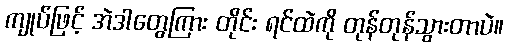
ကျုပ်ဖြင့် အဲဒါတွေကြား တိုင်း ရင်ထဲကို တုန်တုန်သွားတာပဲ။